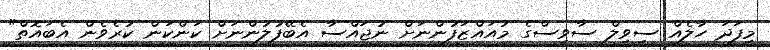
މިފަދަ ހާލެއް ސިވިލް ސާވިސްގެ މުއައްޒަފުންނަށް ނުޖައްސާ އެބޭފުލުންނަށް ކަންކަން ކުރެވެން އެބައޮތް"